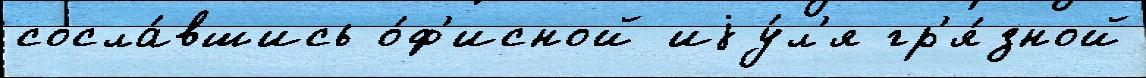
сосла́вшись о́ф'исной иjу́л'я гр'я́зной